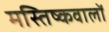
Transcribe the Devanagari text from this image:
मस्तिष्कवालों